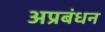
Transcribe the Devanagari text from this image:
अप्रबंधन